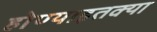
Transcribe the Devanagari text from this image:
होण्याइतक्या